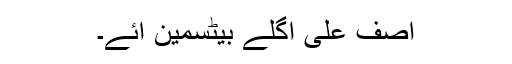
آصف علی اگلے بیٹسمین آئے۔